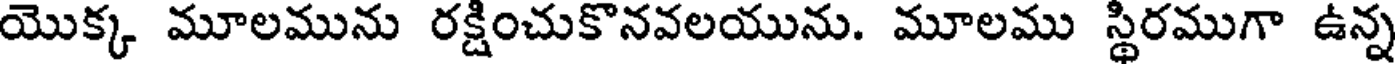
యొక్క మూలమును రక్షించుకొనవలయును. మూలము స్థిరముగా ఉన్న